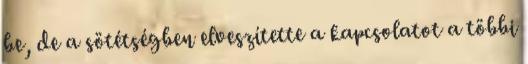
be, de a sötétségben elveszítette a kapcsolatot a többi